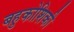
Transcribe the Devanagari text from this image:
बहुकोशिकी